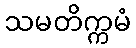
သမတိက္ကမံ